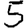
Digit: 5